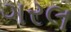
ગરલ